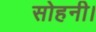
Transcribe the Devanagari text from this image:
सोहनी।